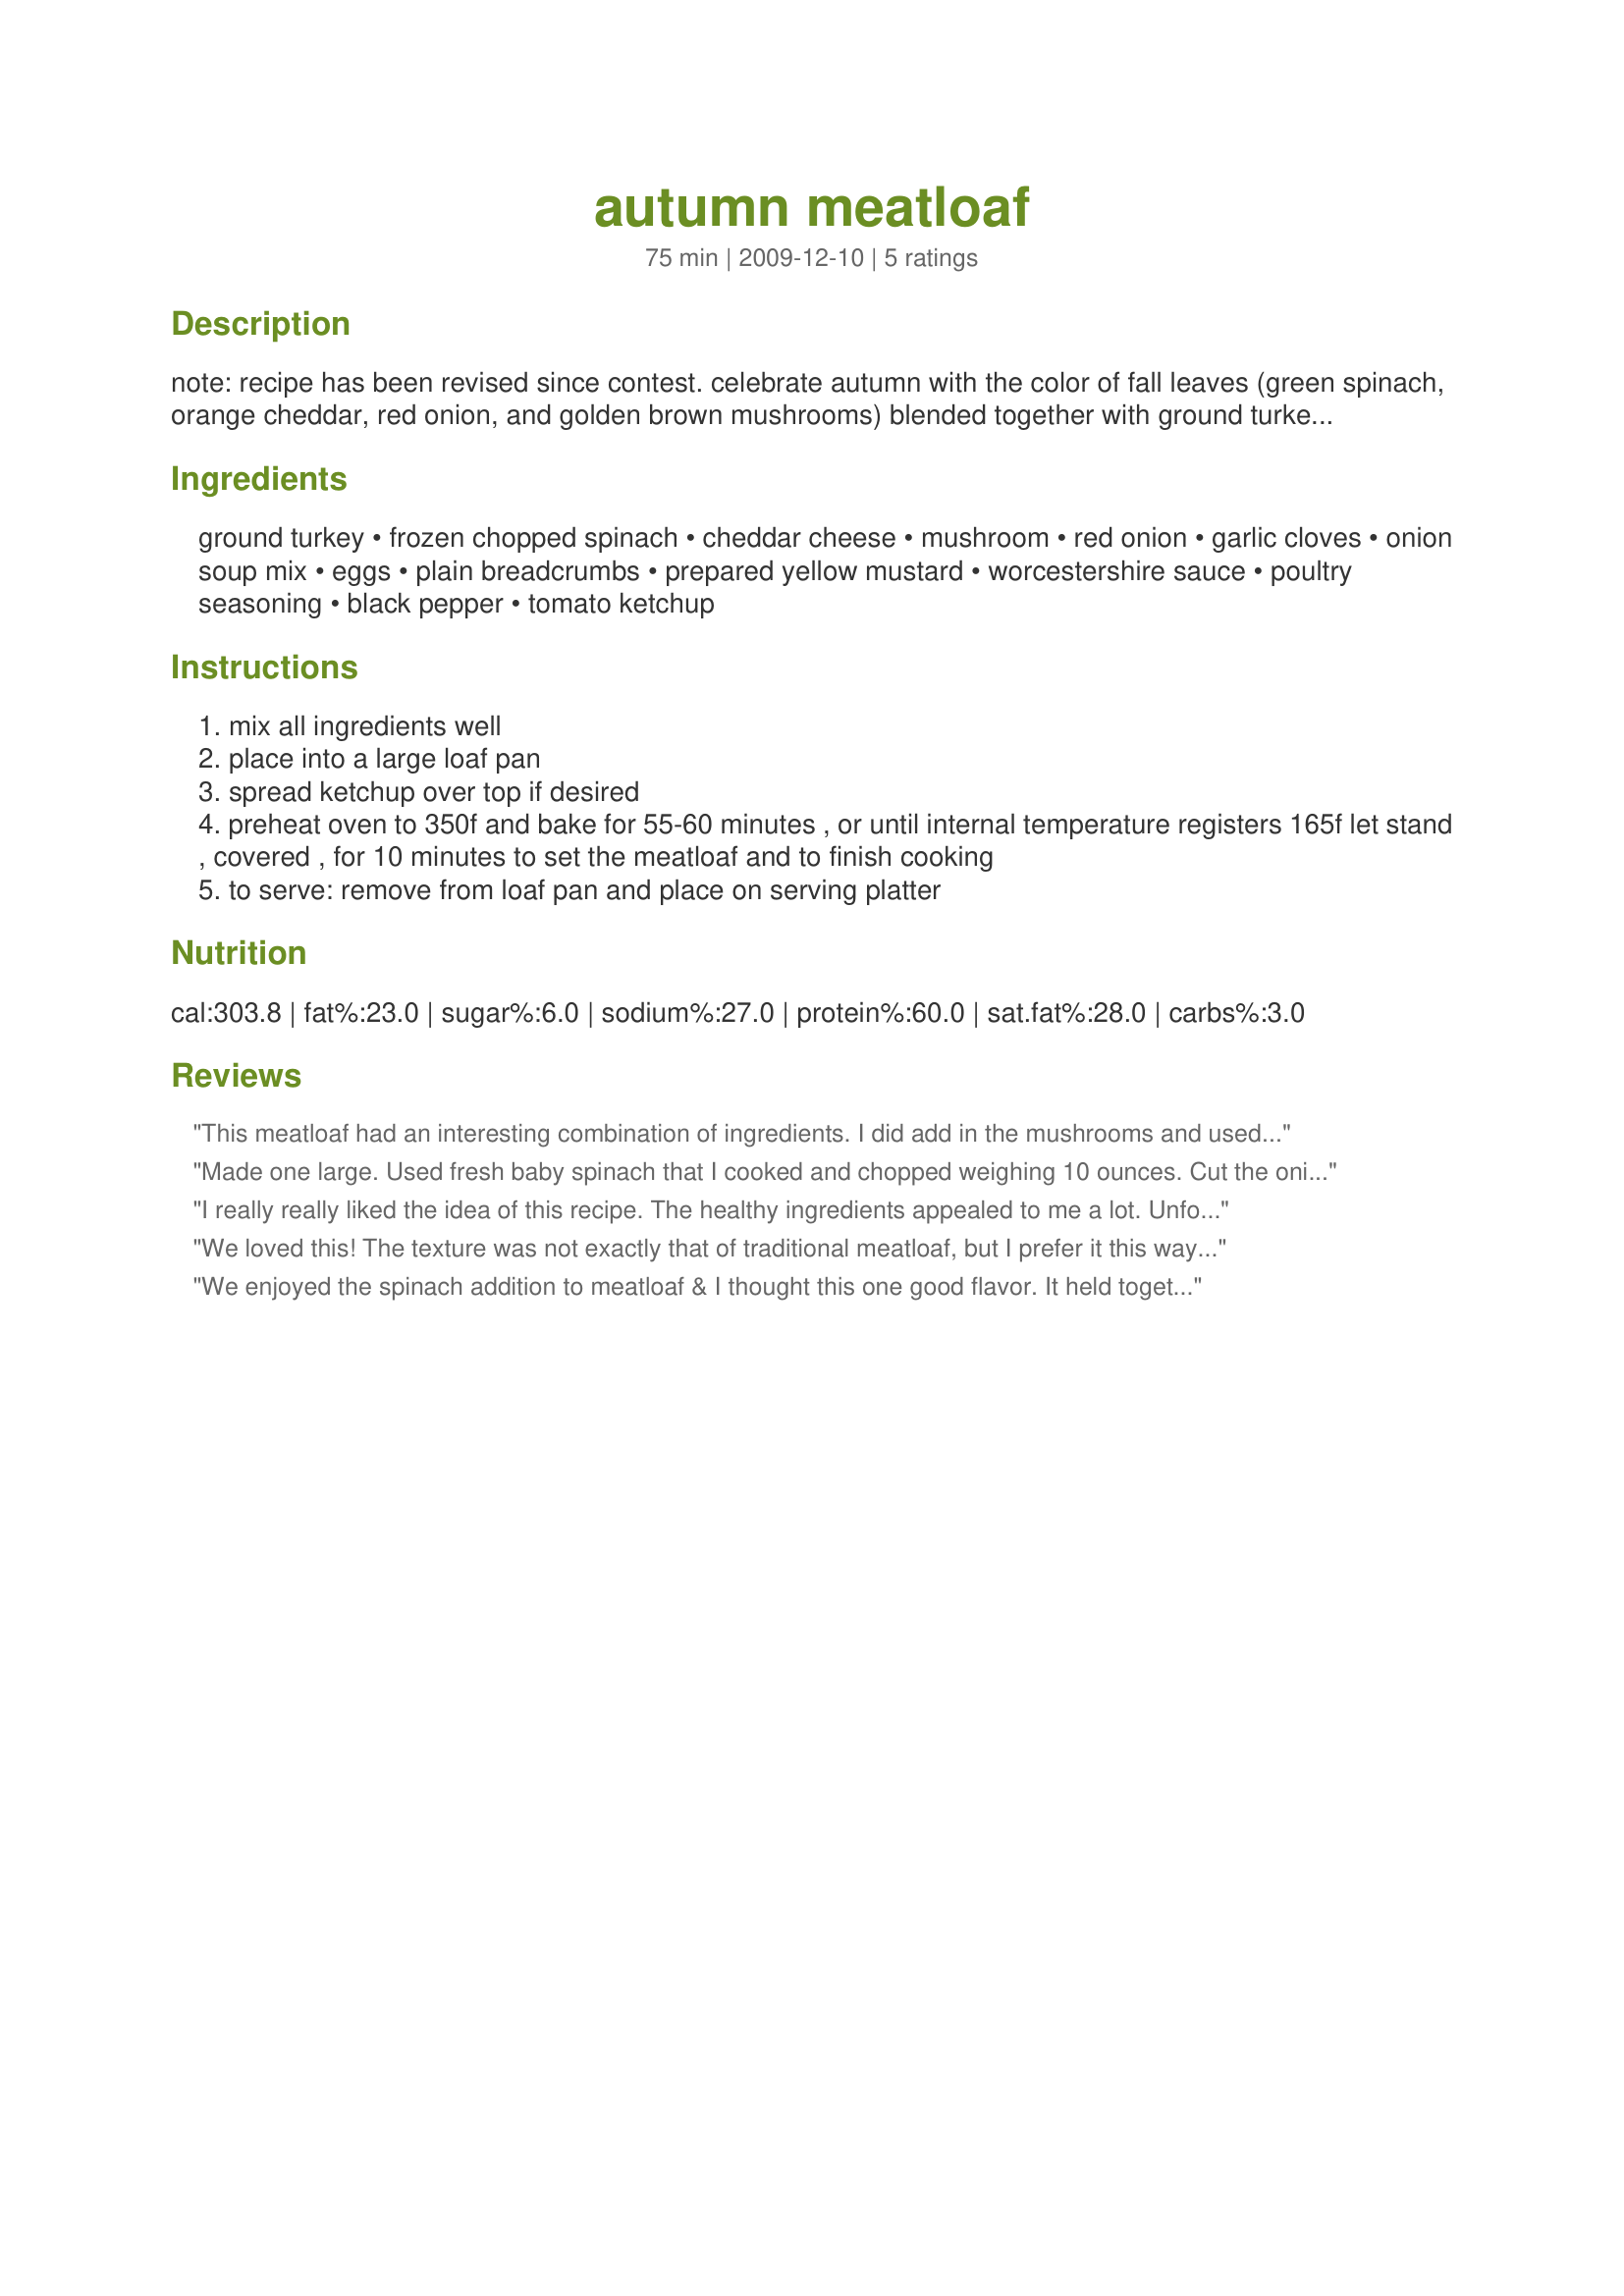
autumn meatloaf
Preparation time: 75 minutes

note: recipe has been revised since contest. celebrate autumn with the color of fall leaves (green spinach, orange cheddar, red onion, and golden brown mushrooms) blended together with ground turkey and seasonings for a healthy, delicious, and easy meatloaf recipe. enjoy! :)

Ingredients:
ground turkey, frozen chopped spinach, cheddar cheese, mushroom, red onion, garlic cloves, onion soup mix, eggs, plain breadcrumbs, prepared yellow mustard, worcestershire sauce, poultry seasoning, black pepper, tomato ketchup

Steps:
mix all ingredients well
place into a large loaf pan
spread ketchup over top if desired
preheat oven to 350f and bake for 55-60 minutes , or until internal temperature registers 165f let stand , covered , for 10 minutes to set the meatloaf and to finish cooking
to serve: remove from loaf pan and place on serving platter

Reviews:
This meatloaf had an interesting combination of ingredients. I did add in the mushrooms and used recipe #89857 for the onion soup mix. The finished product was a little gray and I did top it off with some barbecue sauce. Good luck in the contest.
Made one large. Used fresh baby spinach that I cooked and chopped weighing 10 ounces. Cut the onion soup to 1 packet. This has way too much sodium (44 percent DV). This had lots of flavor. And didn`t need the other packet so I`m glad I left it out for it was still a bit too salty. Used low fat cheddar cheese. This would be 5 stars if the soup mix was not used at all. Thanks for the comfort food.
I really really liked the idea of this recipe. The healthy ingredients appealed to me a lot. Unfortunately, the flavour just wasn't there for us. There was a 'funny' taste that I just couldn't figure out considering that I like all the ingredients. It was also a bit dry and dense so I would maybe add more breadcrumbs and egg. This will be really good with a couple of small changes. Good luck with the contest! :)
We loved this! The texture was not exactly that of traditional meatloaf, but I prefer it this way. I made mini loaves in muffin tins and froze the leftovers. I really like all the added veggies and I actually added some extra onion and bell pepper because I had them already chooped! :) Will be adding spinach to more meatloaves!
We enjoyed the spinach addition to meatloaf & I thought this one good flavor. It held together well, was perfect for slicing, yet was still moist. I followed the recipe exactly, but did omit the optional mushrooms. I can only imagine they would be a very welcome & tasty addition. I did miss the tomato topping on most meatloafs and thought the meatloaf was less colorful than expected, but those were our only quibbles. The leftovers heated easily & were tasty the next day. Served with recipe #403178 and glazed turnips. Good luck in the contest!
